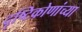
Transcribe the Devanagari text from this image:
दृष्टिकोणांच्या